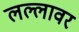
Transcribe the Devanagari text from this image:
लल्लावर